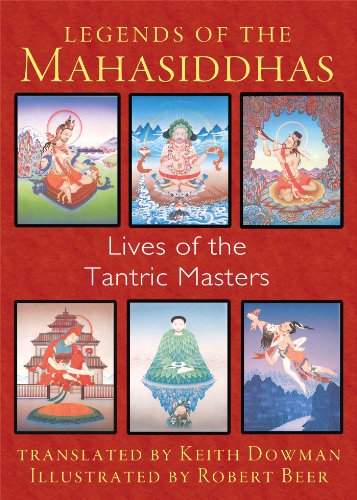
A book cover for Legends of the Mahasiddhas: Lives of the Tantric Masters; Religion & Spirituality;